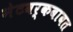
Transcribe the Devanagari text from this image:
नेटवर्कबाबत